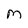
Character: M